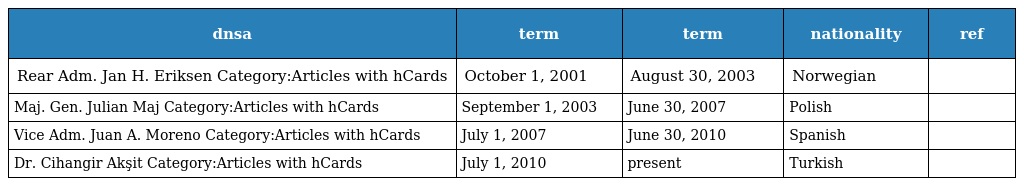
| dnsa | term | term | nationality | ref |
 | --- | --- | --- | --- | --- |
 | Rear Adm. Jan H. Eriksen Category:Articles with hCards | October 1, 2001 | August 30, 2003 | Norwegian |  |
 | Maj. Gen. Julian Maj Category:Articles with hCards | September 1, 2003 | June 30, 2007 | Polish |  |
 | Vice Adm. Juan A. Moreno Category:Articles with hCards | July 1, 2007 | June 30, 2010 | Spanish |  |
 | Dr. Cihangir Akşit Category:Articles with hCards | July 1, 2010 | present | Turkish |  |